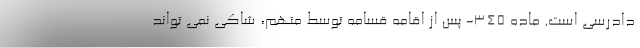
دادرسی است. ماده ۳۴۵- پس از اقامه قسامه توسط متهم، شاکی نمی تواند